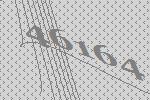
46164